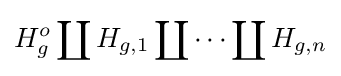
H_{g}^{o}\coprod H_{g,1}\coprod \cdots \coprod H_{g,n}